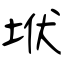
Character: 垘